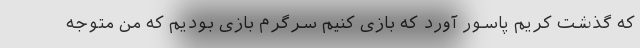
که گذشت کریم پاسور آورد که بازی کنیم سرگرم بازی بودیم که من متوجه